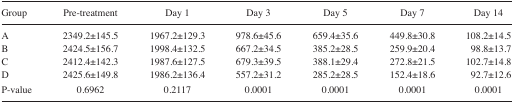
<table><thead><tr><td><b>Group</b></td><td><b>Pre-treatment</b></td><td><b>Day 1</b></td><td><b>Day 3</b></td><td><b>Day 5</b></td><td><b>Day 7</b></td><td><b>Day 14</b></td></tr></thead><tbody><tr><td>A</td><td>2349.2±145.5</td><td>1967.2±129.3</td><td>978.6±45.6</td><td>659.4±35.6</td><td>449.8±30.8</td><td>108.2±14.5</td></tr><tr><td>B</td><td>2424.5±156.7</td><td>1998.4±132.5</td><td>667.2±34.5</td><td>385.2±28.5</td><td>259.9±20.4</td><td>98.8±13.7</td></tr><tr><td>C</td><td>2412.4±142.3</td><td>1987.6±127.5</td><td>679.3±39.5</td><td>388.1±29.4</td><td>272.8±21.5</td><td>102.7±14.8</td></tr><tr><td>D</td><td>2425.6±149.8</td><td>1986.2±136.4</td><td>557.2±31.2</td><td>285.2±28.5</td><td>152.4±18.6</td><td>92.7±12.6</td></tr><tr><td>P-value</td><td>0.6962</td><td>0.2117</td><td>0.0001</td><td>0.0001</td><td>0.0001</td><td>0.0001</td></tr></tbody></table>